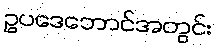
ဥပဒေဘောင်အတွင်း